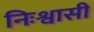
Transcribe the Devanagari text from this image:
निःश्वासी